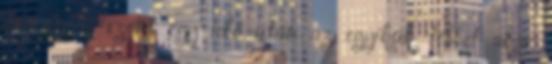
létezik. Viszont egy idő után az egyikük többet akar